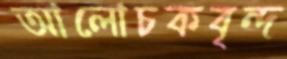
আলোচকবৃন্দ